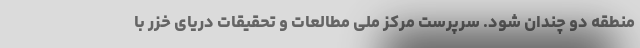
منطقه دو چندان شود. سرپرست مرکز ملی مطالعات و تحقیقات دریای خزر با